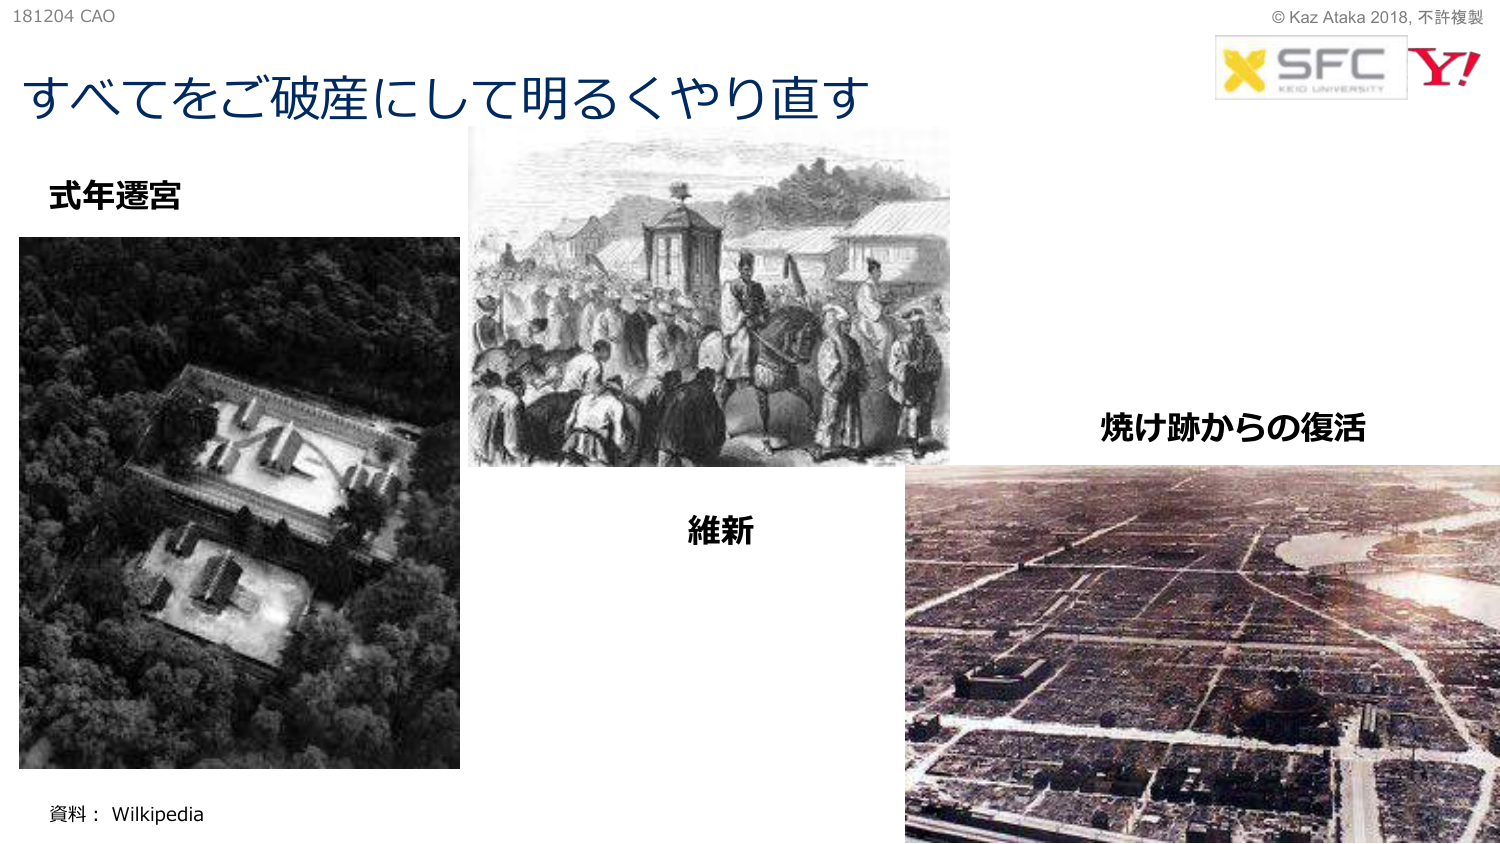
181204 CAO
すべてをご破産にして明るくやり直す
式年遷宮
資料：Wikipedia
© Kaz Ataka 2018, 不許複製
SFC
KEIO UNIVERSITY
Y!
焼け跡からの復活
維新